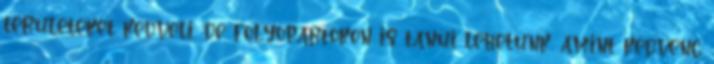
területeket kedveli, de folyópartokon is tanúi lehetünk, amint kedvenc